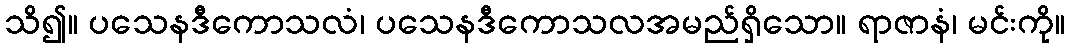
သိ၍။ ပသေနဒီကောသလံ၊ ပသေနဒီကောသလအမည်ရှိသော။ ရာဇာနံ၊ မင်းကို။